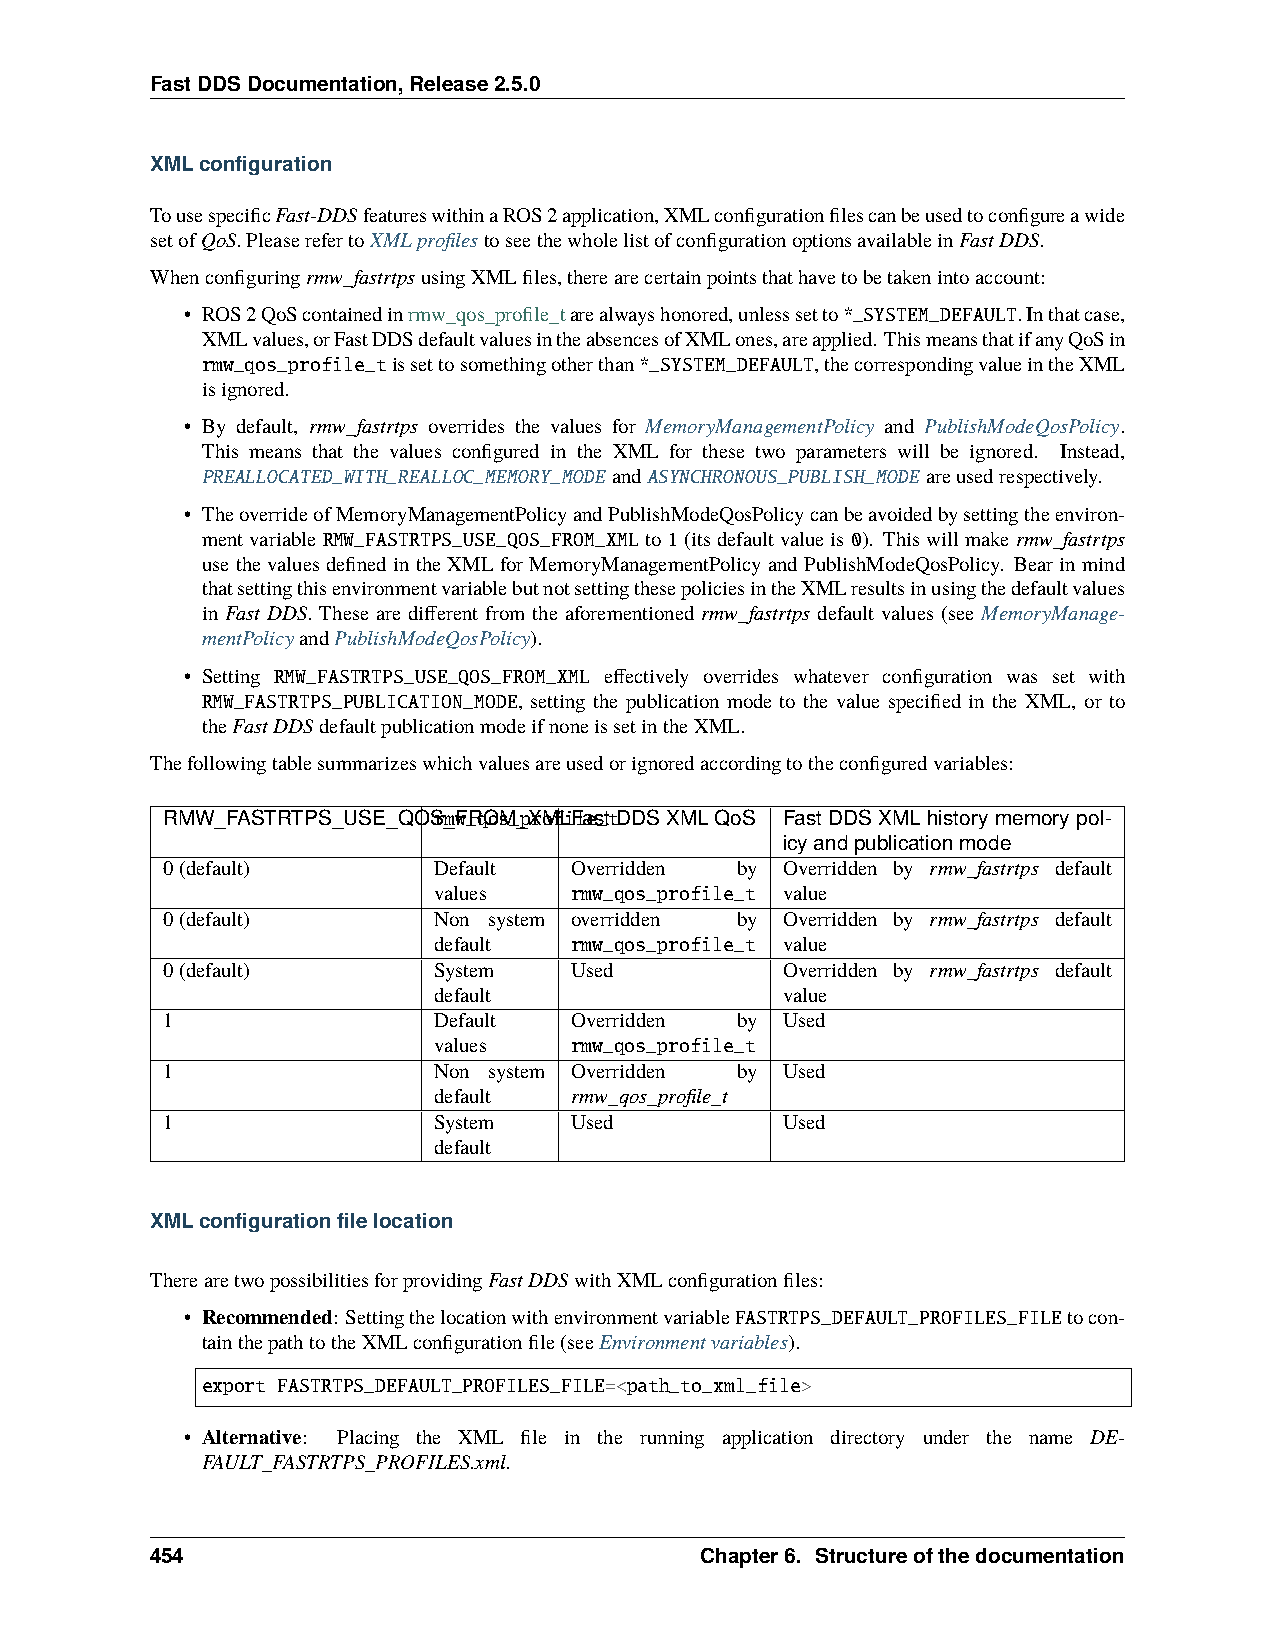
FastDDSDocumentation,Release2.5.0
 XMLconfiguration
 TousespecificFast-DDSfeatureswithinaROS2application,XMLconfigurationfilescanbeusedtoconfigureawide
 setofQoS.PleaserefertoXMLprofilestoseethewholelistofconfigurationoptionsavailableinFastDDS.
 Whenconfiguringrmw_fastrtpsusingXMLfiles,therearecertainpointsthathavetobetakenintoaccount:
 • ROS2QoScontainedinrmw_qos_profile_tarealwayshonored,unlesssetto*_SYSTEM_DEFAULT.Inthatcase,
 XMLvalues,orFastDDSdefaultvaluesintheabsencesofXMLones,areapplied. ThismeansthatifanyQoSin
 rmw_qos_profile_tissettosomethingotherthan*_SYSTEM_DEFAULT,thecorrespondingvalueintheXML
 isignored.
 • By default, rmw_fastrtps overrides the values for MemoryManagementPolicy and PublishModeQosPolicy.
 This means that the values configured in the XML for these two parameters will be ignored. Instead,
 PREALLOCATED_WITH_REALLOC_MEMORY_MODE andASYNCHRONOUS_PUBLISH_MODE areusedrespectively.
 • TheoverrideofMemoryManagementPolicyandPublishModeQosPolicycanbeavoidedbysettingtheenviron-
 mentvariable RMW_FASTRTPS_USE_QOS_FROM_XMLto1(itsdefaultvalueis0). Thiswillmakermw_fastrtps
 usethevaluesdefinedintheXMLforMemoryManagementPolicyandPublishModeQosPolicy. Bearinmind
 thatsettingthisenvironmentvariablebutnotsettingthesepoliciesintheXMLresultsinusingthedefaultvalues
 in Fast DDS. These are different from the aforementioned rmw_fastrtps default values (see MemoryManage-
 mentPolicyandPublishModeQosPolicy).
 • Setting RMW_FASTRTPS_USE_QOS_FROM_XML effectively overrides whatever configuration was set with
 RMW_FASTRTPS_PUBLICATION_MODE, setting the publication mode to the value specified in the XML, or to
 theFastDDSdefaultpublicationmodeifnoneissetintheXML.
 Thefollowingtablesummarizeswhichvaluesareusedorignoredaccordingtotheconfiguredvariables:
 RMW_FASTRTPS_USE_QOSr_mwF_RqOoMs__pXrMofLiFlaes_ttDDSXMLQoS FastDDSXMLhistorymemorypol-
 icyandpublicationmode
 0(default)        Default  Overridden by Overridden by rmw_fastrtps default
 values   rmw_qos_profile_t value
 0(default)        Non system overridden by Overridden by rmw_fastrtps default
 default  rmw_qos_profile_t value
 0(default)        System   Used          Overridden by rmw_fastrtps default
 default                value
 1                 Default  Overridden by Used
 values   rmw_qos_profile_t
 1                 Non system Overridden by Used
 default  rmw_qos_profile_t
 1                 System   Used          Used
 default
 XMLconfigurationfilelocation
 TherearetwopossibilitiesforprovidingFastDDSwithXMLconfigurationfiles:
 • Recommended: SettingthelocationwithenvironmentvariableFASTRTPS_DEFAULT_PROFILES_FILEtocon-
 tainthepathtotheXMLconfigurationfile(seeEnvironmentvariables).
 export FASTRTPS_DEFAULT_PROFILES_FILE=<path_to_xml_file>
 • Alternative: Placing the XML file in the running application directory under the name DE-
 FAULT_FASTRTPS_PROFILES.xml.
 454                                 Chapter6. Structureofthedocumentation